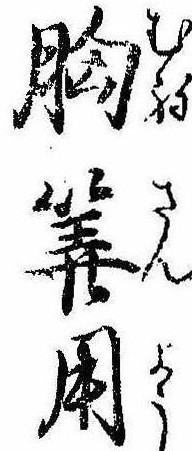
胸算用